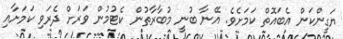
ޔަގީންކަން އެބައޮތް ކަމަށެވެ. އޭނާ ބުނީ މުބާރާތުން ކެޓުމުން ވަރަށް ދެރަވި ކަމަށާއި